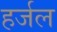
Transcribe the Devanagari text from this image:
हर्जल